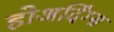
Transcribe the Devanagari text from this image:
होअर्दिंग्स